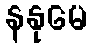
နနုမေ